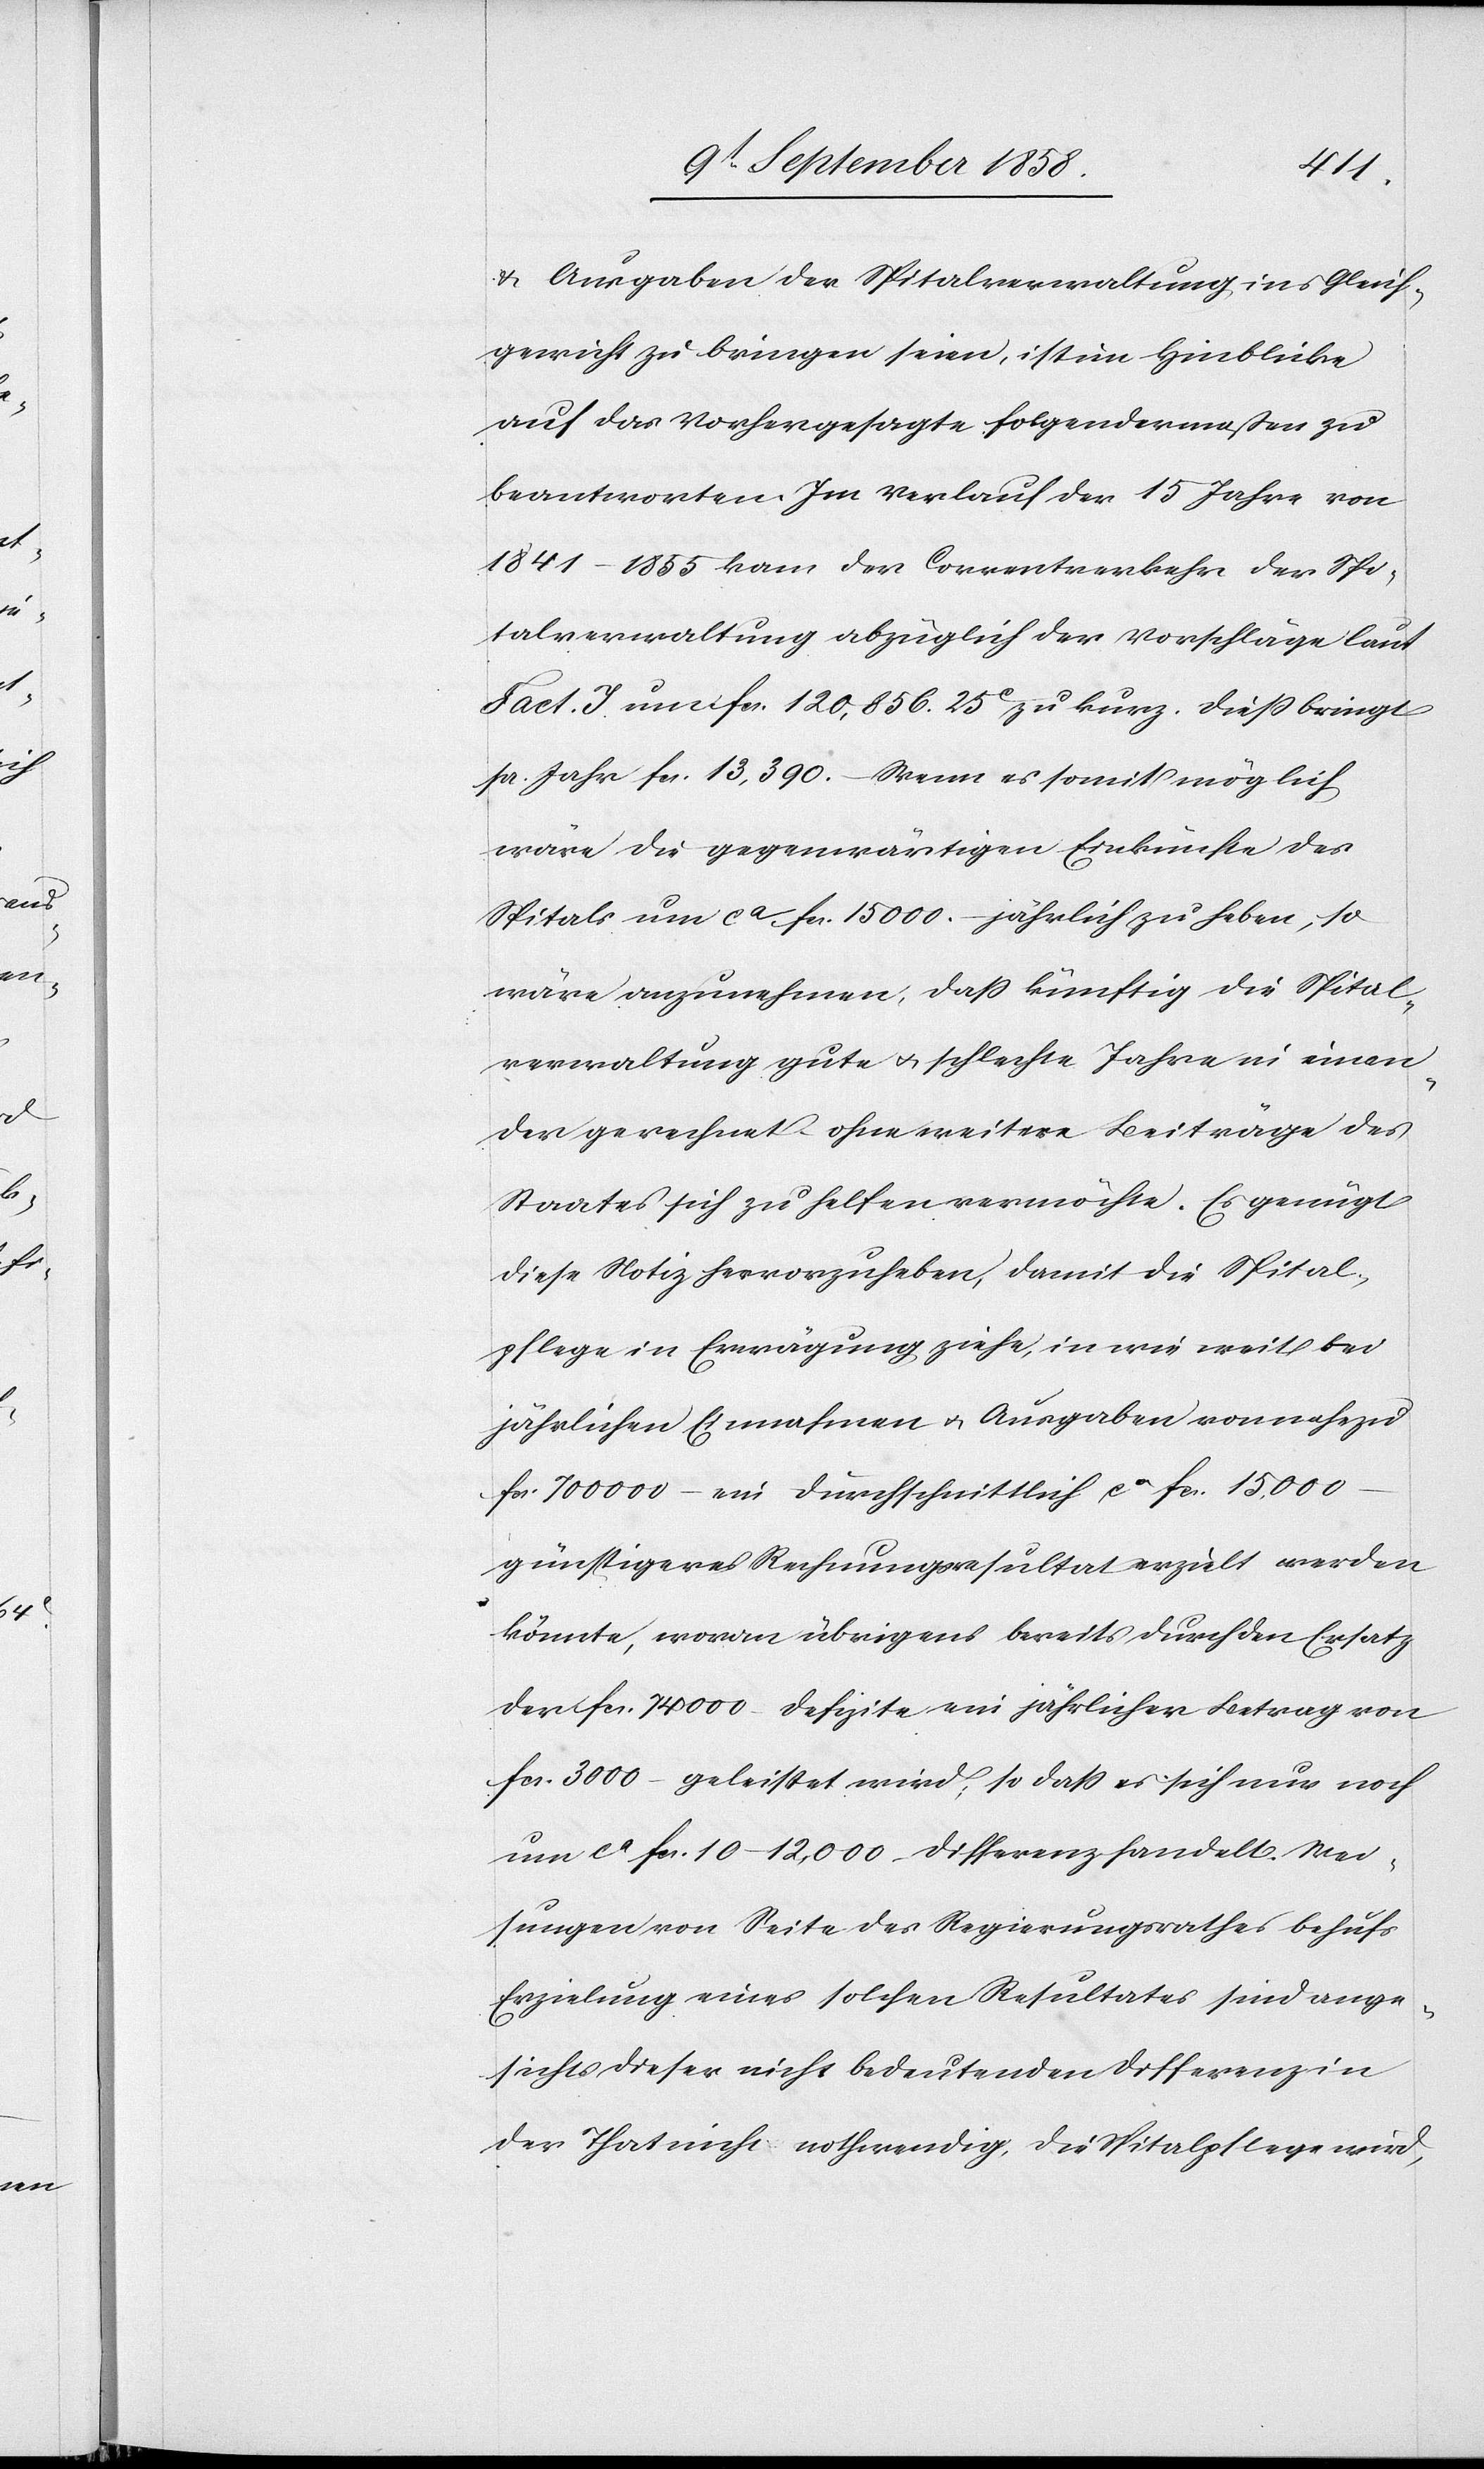
& Ausgaben der Spitalverwaltung ins Gleich¬
gewicht zu bringen seien, ist im Hinblicke
auf das Vorhergesagte folgendermaßen zu
beantworten. Im Verlauf der 15 Jahre von
1841–1855 kam der Correntverkehr der Spi¬
talverwaltung abzüglich der Vorschläge laut
Fact. I. um fcs. 120,856. 25c zu kurz. Dieß bringt
pr. Jahr fcs. 13,390.– Wenn es somit möglich
wäre die gegenwärtigen Einkünfte des
Spitals um ca fcs. 15 000.– jährlich zu heben, so
wäre anzunehmen, dass künftig die Spital¬
verwaltung gute & schlechte Jahre in einan¬
der gerechnet – ohne weitere Beiträge des
Staates sich zu helfen vermöchte. Es genügt
diese Notiz hervorzuheben, damit die Spital¬
pflege in Erwägung ziehe, in wie weit bei
jährlichen Einnahmen & Ausgaben von nahezu
fcs. 700 000 – ein durchschnittlich ca fcs. 15,000
günstigeres Rechnungsresultat erzielt werden
könnte, woran übrigens bereits durch den Ersatz
der fcs. 74 000 – Defizite ein jährlicher Betrag von
fcs. 3000 – geleistet wird, so dass es sich nur noch
um ca fcs. 10–12,000 – Differenz handelt. Wei¬
sungen von Seite des Regierungsrathes behufs
Erzielung eines solchen Resultates sind ange¬
sichts dieser nicht bedeutenden Differenz in
der That nicht nothwendig, die Spitalpflege wird,